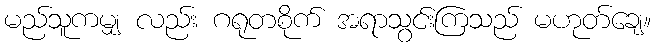
မည်သူကမျှ လည်း ဂရုတစိုက် အရာသွင်းကြသည် မဟုတ်ချေ။